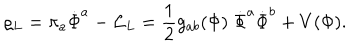
\varrho _ { L } = \pi _ { a } \dot { \Phi } ^ { a } - { \cal L } _ { L } = { \frac { 1 } { 2 } } g _ { a b } ( \Phi ) \; \dot { \Phi } ^ { a } \dot { \Phi } ^ { b } + V ( \Phi ) .